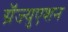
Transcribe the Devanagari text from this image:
ग्रॅज्युएशन